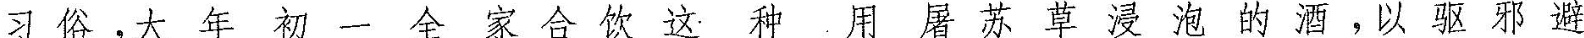
习俗，大年初一全家合饮这种用屠苏草浸泡的酒，以驱邪避